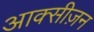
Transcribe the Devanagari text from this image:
आक्सीज़न